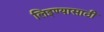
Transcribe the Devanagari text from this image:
लिइण्यासाठी